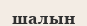
шалын